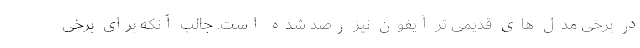
در برخی مدل های قدیمی تر آیفون نیز رصد شده است. جالب آنکه برای برخی